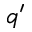
q ^ { \prime }